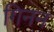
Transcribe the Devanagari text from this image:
गिनन